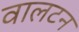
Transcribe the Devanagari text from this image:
वालटन